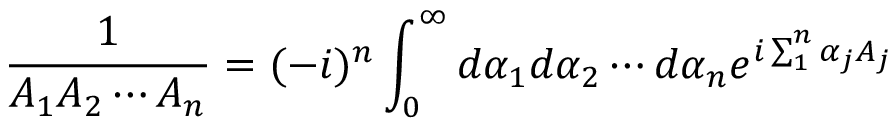
\frac { 1 } { A _ { 1 } A _ { 2 } \cdots A _ { n } } = ( - i ) ^ { n } \int _ { 0 } ^ { \infty } d \alpha _ { 1 } d \alpha _ { 2 } \cdots d \alpha _ { n } e ^ { i \sum _ { 1 } ^ { n } \alpha _ { j } A _ { j } }